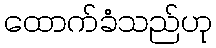
ထောက်ခံသည်ဟု